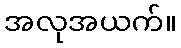
အလုအယက်။